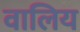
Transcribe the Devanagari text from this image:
वालिय